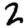
Digit: 2